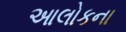
આલોકના